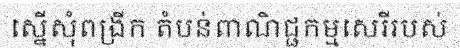
ស្នើសុំពង្រីក តំបន់ពាណិជ្ជកម្មសេរីរបស់